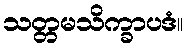
သတ္တမသိက္ခာပဒံ။